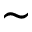
\sim